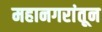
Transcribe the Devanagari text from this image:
महानगरांतून